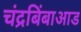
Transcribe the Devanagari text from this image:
चंद्रबिंबाआड